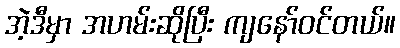
အဲ့ဒီမှာ အဟမ်းဆိုပြီး ကျနော်ဝင်တယ်။